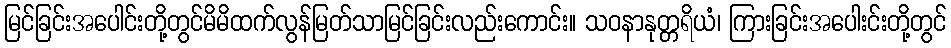
မြင်ခြင်းအပေါင်းတို့တွင်မိမိထက်လွန်မြတ်သာမြင်ခြင်းလည်းကောင်း။ သဝနာနုတ္တရိယံ၊ ကြားခြင်းအပေါးင်းတို့တွင်